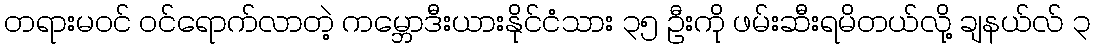
တရားမဝင် ဝင်ရောက်လာတဲ့ ကမ္ဘောဒီးယားနိုင်ငံသား ၃၅ ဦးကို ဖမ်းဆီးရမိတယ်လို့ ချနယ်လ် ၃